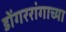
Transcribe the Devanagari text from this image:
डोंगररांगाच्या